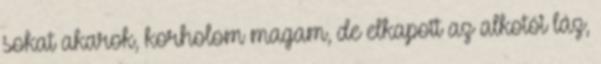
sokat akarok, korholom magam, de elkapott az alkotói láz,